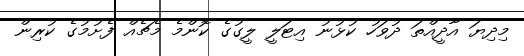
މިދިޔަ އާދީއްތަ ދުވަހު ކުޅުނު އިޓަލީ ލީގުގެ ކޮންމެ މެޗެއް ފެށުމުގެ ކުރިން